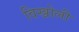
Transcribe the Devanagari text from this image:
विख्रोली